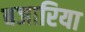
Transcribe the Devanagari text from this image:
बजारिया